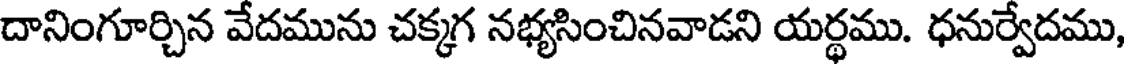
దానింగూర్చిన వేదమును చక్కగ నభ్యసించినవాడని యర్థము. ధనుర్వేదము,